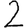
Digit: 2